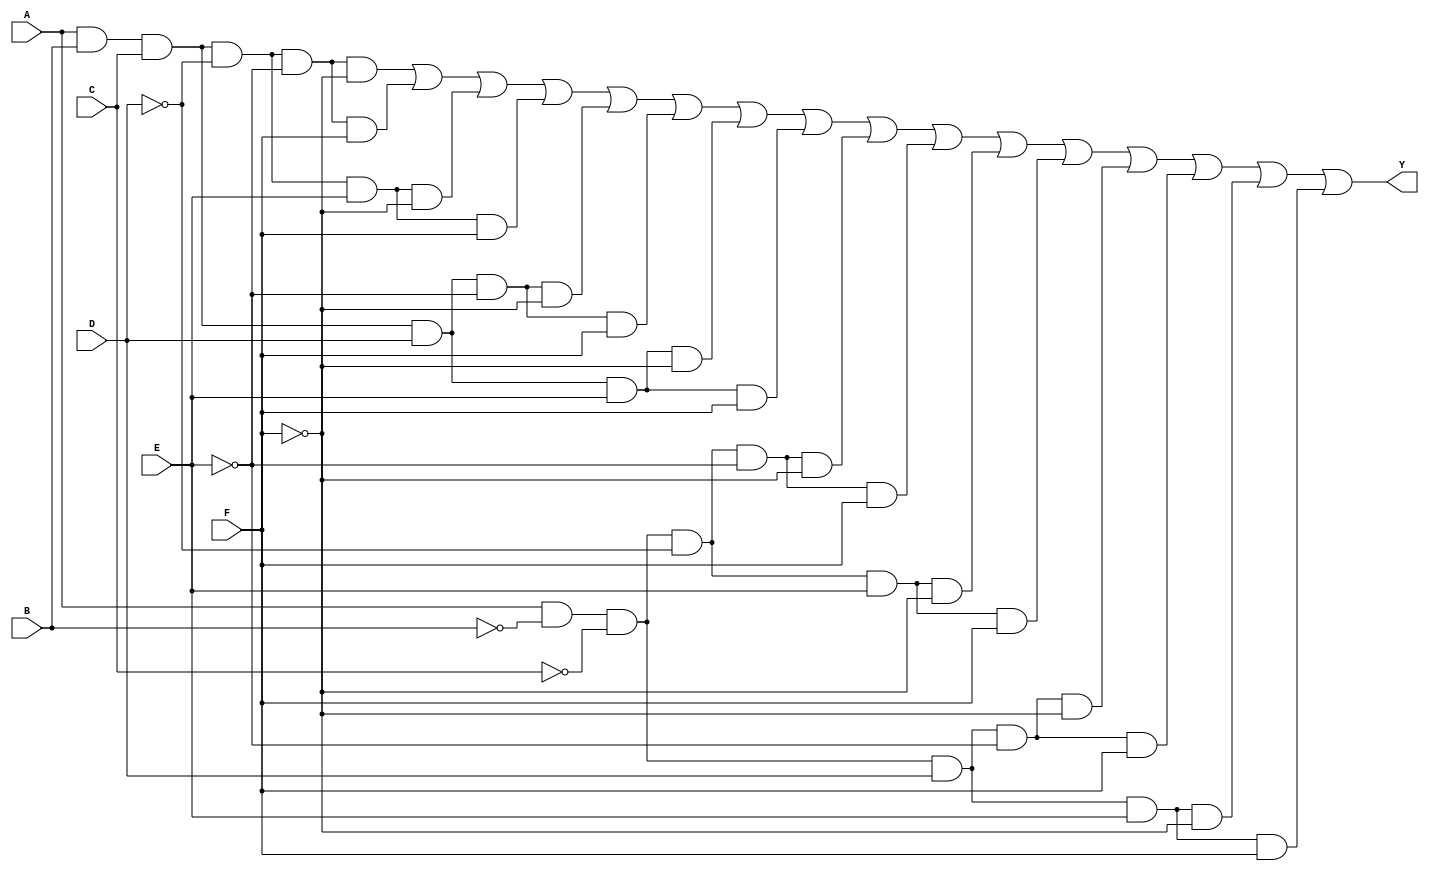
module six_variable_kmap (
    input wire A,  // Input variable A
    input wire B,  // Input variable B
    input wire C,  // Input variable C
    input wire D,  // Input variable D
    input wire E,  // Input variable E
    input wire F,  // Input variable F
    output wire Y  // Output function Y
);

// Intermediate signals for minterms
wire m0, m1, m2, m3, m4, m5, m6, m7;
wire m8, m9, m10, m11, m12, m13, m14, m15;
wire m16, m17, m18, m19, m20, m21, m22, m23;
wire m24, m25, m26, m27, m28, m29, m30, m31;
wire m32, m33, m34, m35, m36, m37, m38, m39;
wire m40, m41, m42, m43, m44, m45, m46, m47;
wire m48, m49, m50, m51, m52, m53, m54, m55;
wire m56, m57, m58, m59, m60, m61, m62, m63;

// Define the K-map output based on specific minterms
assign Y = (A & B & C & ~D & ~E & ~F) | // m0
           (A & B & C & ~D & ~E & F)  | // m1
           (A & B & C & ~D & E & ~F)  | // m2
           (A & B & C & ~D & E & F)   | // m3
           (A & B & C & D & ~E & ~F)  | // m4
           (A & B & C & D & ~E & F)   | // m5
           (A & B & C & D & E & ~F)   | // m6
           (A & B & C & D & E & F)    | // m7
           // Add more terms for the rest of the K-map
           (A & ~B & ~C & ~D & ~E & ~F) | // m8
           (A & ~B & ~C & ~D & ~E & F)  | // m9
           (A & ~B & ~C & ~D & E & ~F)  | // m10
           (A & ~B & ~C & ~D & E & F)   | // m11
           (A & ~B & ~C & D & ~E & ~F)  | // m12
           (A & ~B & ~C & D & ~E & F)   | // m13
           (A & ~B & ~C & D & E & ~F)   | // m14
           (A & ~B & ~C & D & E & F);   // m15
           // Continue defining other cells as needed...

endmodule